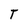
Character: T